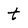
Character: t